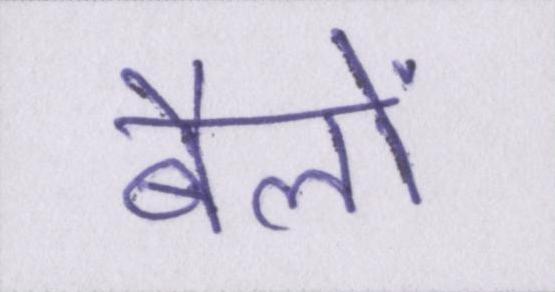
बैलों